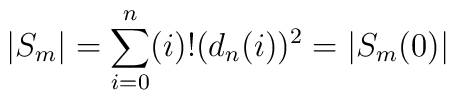
|S_m|=\sum_{i=0}^n (i)! (d_n(i))^2   =  |S_m(0)|